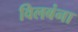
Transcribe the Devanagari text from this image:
विलबंना